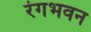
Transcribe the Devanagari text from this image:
रंगभवन